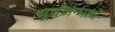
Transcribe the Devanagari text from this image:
पूर्वजन्माचें